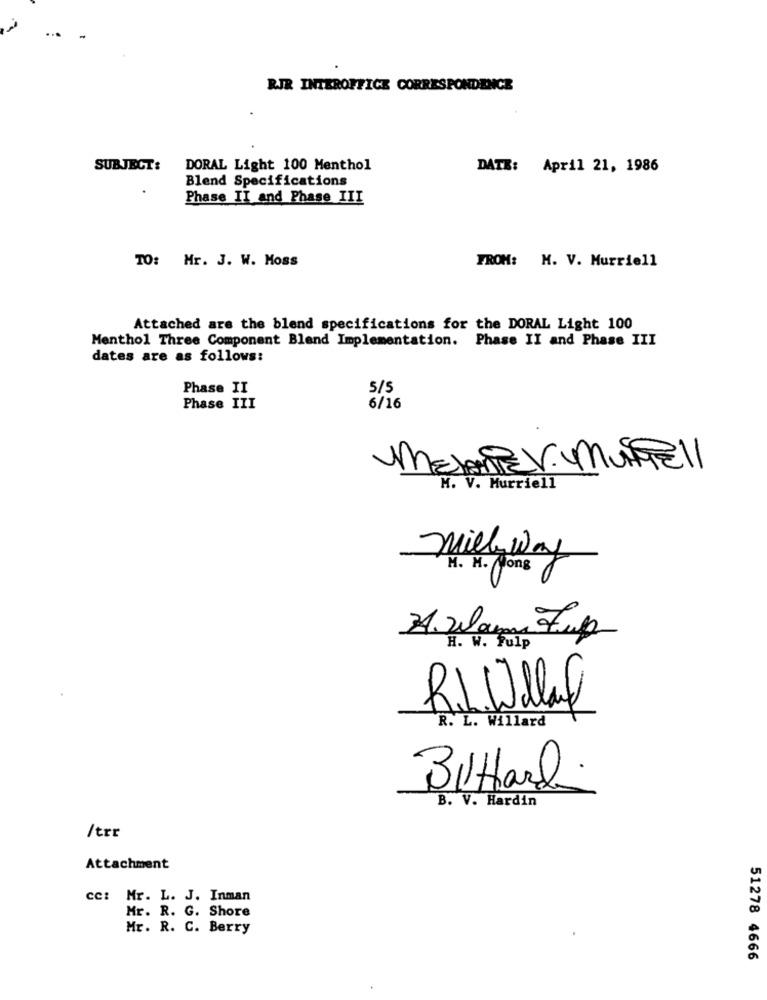
RJR INTEROFFICE CORRESPONDENCE
SUBJECT:
DORAL Light 100 Menthol
DATE: April 21, 1986
Blend Specifications
Phase II and Phase III
TO: Mr. J. W. Moss
FROM: M. V. Murriell
Attached are the blend specifications for the DORAL Light 100
Menthol Three Component Blend Implementation. Phase II and Phase III
dates are as follows:
Phase II
5/5
Phase III
6/16
MelanieV. Mustpell
M. V. Murriell
Mill Way
M. M. Wong
34. Warm Fup
H. W. Fulp
R.Wiley
R. L. Willard
BIHark
B. V. Hardin
/trr
Attachment
cc: Mr. L. J. Inman
Mr. R. G. Shore
Mr. R. C. Berry
51278 4666